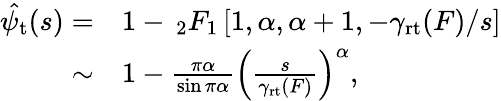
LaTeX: \begin{array}{rl}{\hat{\psi_{\mathrm{t}}}(s)=}&{{}1-\, _{2}F_{1}\left[1,\alpha,\alpha+1,-\gamma_{\mathrm{rt}}(F)/s\right]}\\ {\sim}&{{}1-\frac{\pi\alpha}{\sin\pi\alpha}\left(\frac{s}{\gamma_{\mathrm{rt}}(F)}\right)^{\alpha},}\end{array}